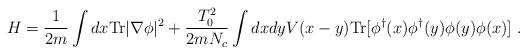
LaTeX: \begin{align*}H = {1\over 2m}\int dx{\rm Tr}|\nabla\phi|^2 + {T_0^2\over 2mN_c}\int dxdy V(x-y){\rm Tr}[\phi^\dagger(x) \phi^\dagger(y)\phi(y)\phi(x)] \; .\end{align*}